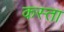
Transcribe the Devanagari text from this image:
कस्‍ता